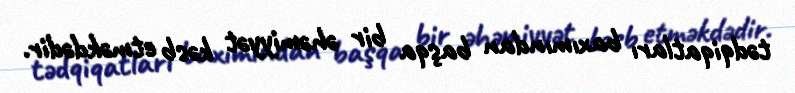
tədqiqatları baxımından başqa bir əhəmiyyət kəsb etməkdədir.